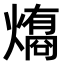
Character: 𤐟